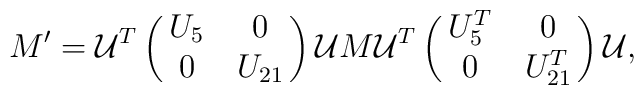
M^{\prime}={\cal U}^T \left(\matrix{U_5 &0 \cr 0 & U_{21}}\right){\cal U}M{\cal U}^T \left (\matrix{U^T_5 & 0 \cr 0 & U^T_{21}}\right){\cal U},